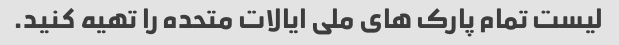
لیست تمام پارک های ملی ایالات متحده را تهیه کنید.